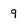
Character: 9